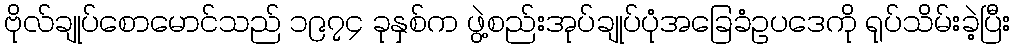
ဗိုလ်ချုပ်စောမောင်သည် ၁၉၇၄ ခုနှစ်က ဖွဲ့စည်းအုပ်ချုပ်ပုံအခြေခံဥပဒေကို ရုပ်သိမ်းခဲ့ပြီး